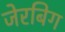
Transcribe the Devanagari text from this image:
जेरबिग